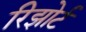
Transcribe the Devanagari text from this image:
रिझोर्ट